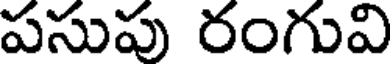
పసుపు రంగువి